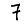
Digit: 7